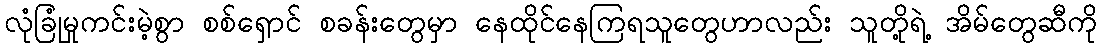
လုံခြုံမှုကင်းမဲ့စွာ စစ်ရှောင် စခန်းတွေမှာ နေထိုင်နေကြရသူတွေဟာလည်း သူတို့ရဲ့ အိမ်တွေဆီကို